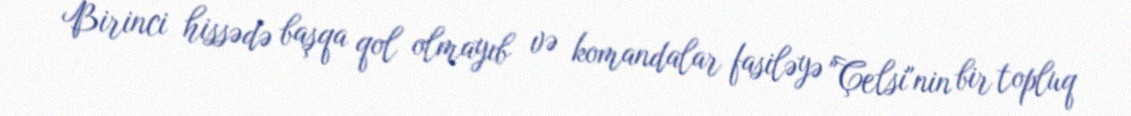
Birinci hissədə başqa qol olmayıb və komandalar fasiləyə "Çelsi"nin bir topluq